Notes on vaccination in the North-West Frontier Province 1923-1928 - 1923-1928
Year: 1923
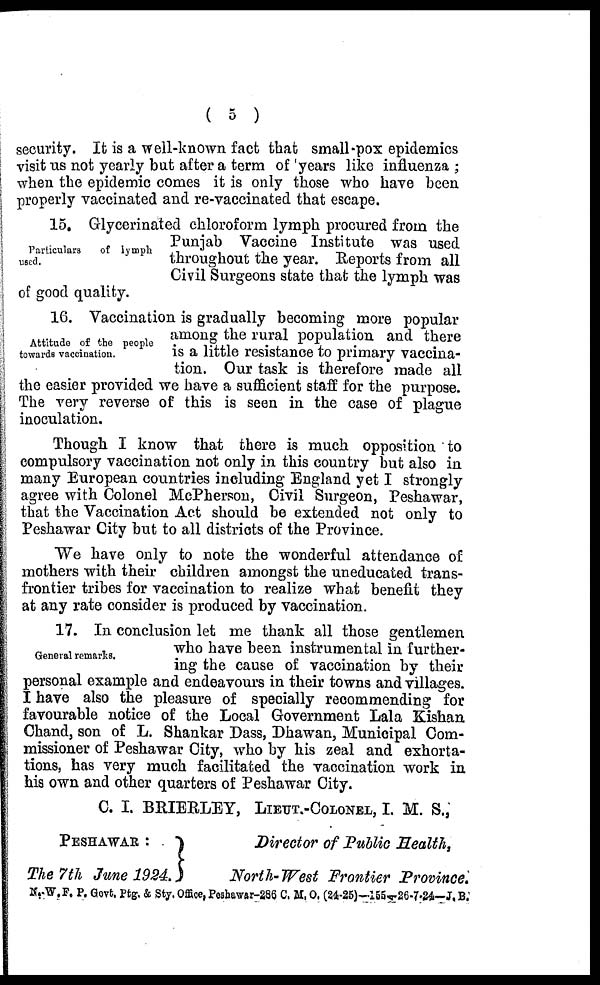
( 5 )
security. It is a well-known fact that small-pox epidemics
visit us not yearly but after a term of years like influenza ;
when the epidemic comes it is only those who have been
properly vaccinated and re-vaccinated that escape.
Particulars
of lymph
used.
15. Glycerinated chloroform lymph procured from the
Punjab Vaccine Institute was used
throughout the year. Reports from all
Civil Surgeons state that the lymph was
of good quality.
Attitude of the people
towards vaccination.
16. Vaccination is gradually becoming more popular
among the rural population and there
is a little resistance to primary vaccina-
tion. Our task is therefore made all
the easier provided we have a sufficient staff for the purpose.
The very reverse of this is seen in the case of plague
inoculation.
Though I know that there is much opposition to
compulsory vaccination not only in this country but also in
many European countries including England yet I strongly
agree with Colonel McPherson, Civil Surgeon, Peshawar,
that the Vaccination Act should be extended not only to
Peshawar City but to all districts of the Province.
We have only to note the wonderful attendance of
mothers with their children amongst the uneducated trans-
frontier tribes for vaccination to realize what benefit they
at any rate consider is produced by vaccination.
General remarks.
17. In conclusion let me thank all those gentlemen
who have been instrumental in further-
ing the cause of vaccination by their
personal example and endeavours in their towns and villages.
I have also the pleasure of specially recommending for
favourable notice of the Local Government Lala Kishan
Chand, son of L. Shankar Dass, Dhawan, Municipal Com-
missioner of Peshawar City, who by his zeal and exhorta-
tions, has very much facilitated the vaccination work in
his own and other quarters of Peshawar City.
C. I. BRIERLEY, LIEUT -COLONEL, I. M. S.,
PESHAWAR :
The 7th June 1924.
Director of Public Health,
North-West Frontier Province,
N.-W.F. P. Govt. Ptg. & Sty. Office, Peshawar-286 C. M.O. (24-25)—155—26-7-24—J. B.